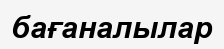
бағаналылар